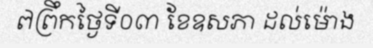
៧ព្រឹកថ្ងៃទី០៣ ខែឧសភា ដល់ម៉ោង